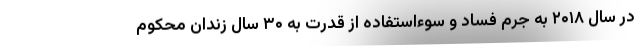
در سال ۲۰۱۸ به جرم فساد و سوءاستفاده از قدرت به ۳۰ سال زندان محکوم